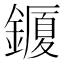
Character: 𨬜